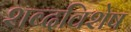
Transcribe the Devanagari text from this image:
शब्दविशेष